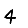
Digit: 4